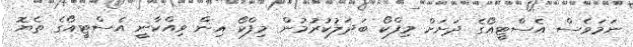
ނަމަވެސް އެސްޓީއޯގެ ދަށަށް މިފްކޯ ބަދަލުކުރުމުން މިފްކޯ އިން ވިއްކާނީ އެސްޓީއޯގެ ތެޔޮ